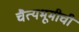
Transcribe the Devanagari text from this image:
चैत्यभूमीची